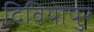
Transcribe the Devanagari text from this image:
दिवियापुर